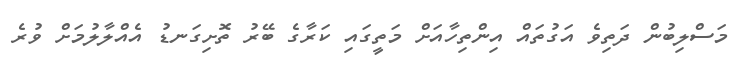
މަސްލިބުން ދަތިވެ އަގުތައް އިންތިހާއަށް މަތީގައި ކަރާގެ ބޭރު ތޮށިގަނޑު އެއްލާލުމަށް ވުރެ